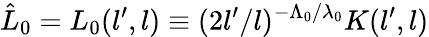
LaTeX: \hat{L}_{0}=L_{0}(l^{\prime},l)\equiv(2l^{\prime}/l)^{-\Lambda_{0}/\lambda_{0}}K(l^{\prime},l)